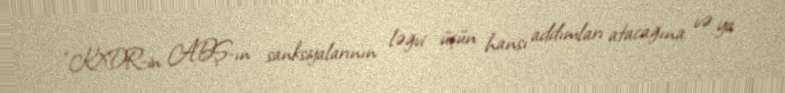
“KXDR-in ABŞ-ın sanksiyalarının ləğvi üçün hansı addımları atacağına və ya